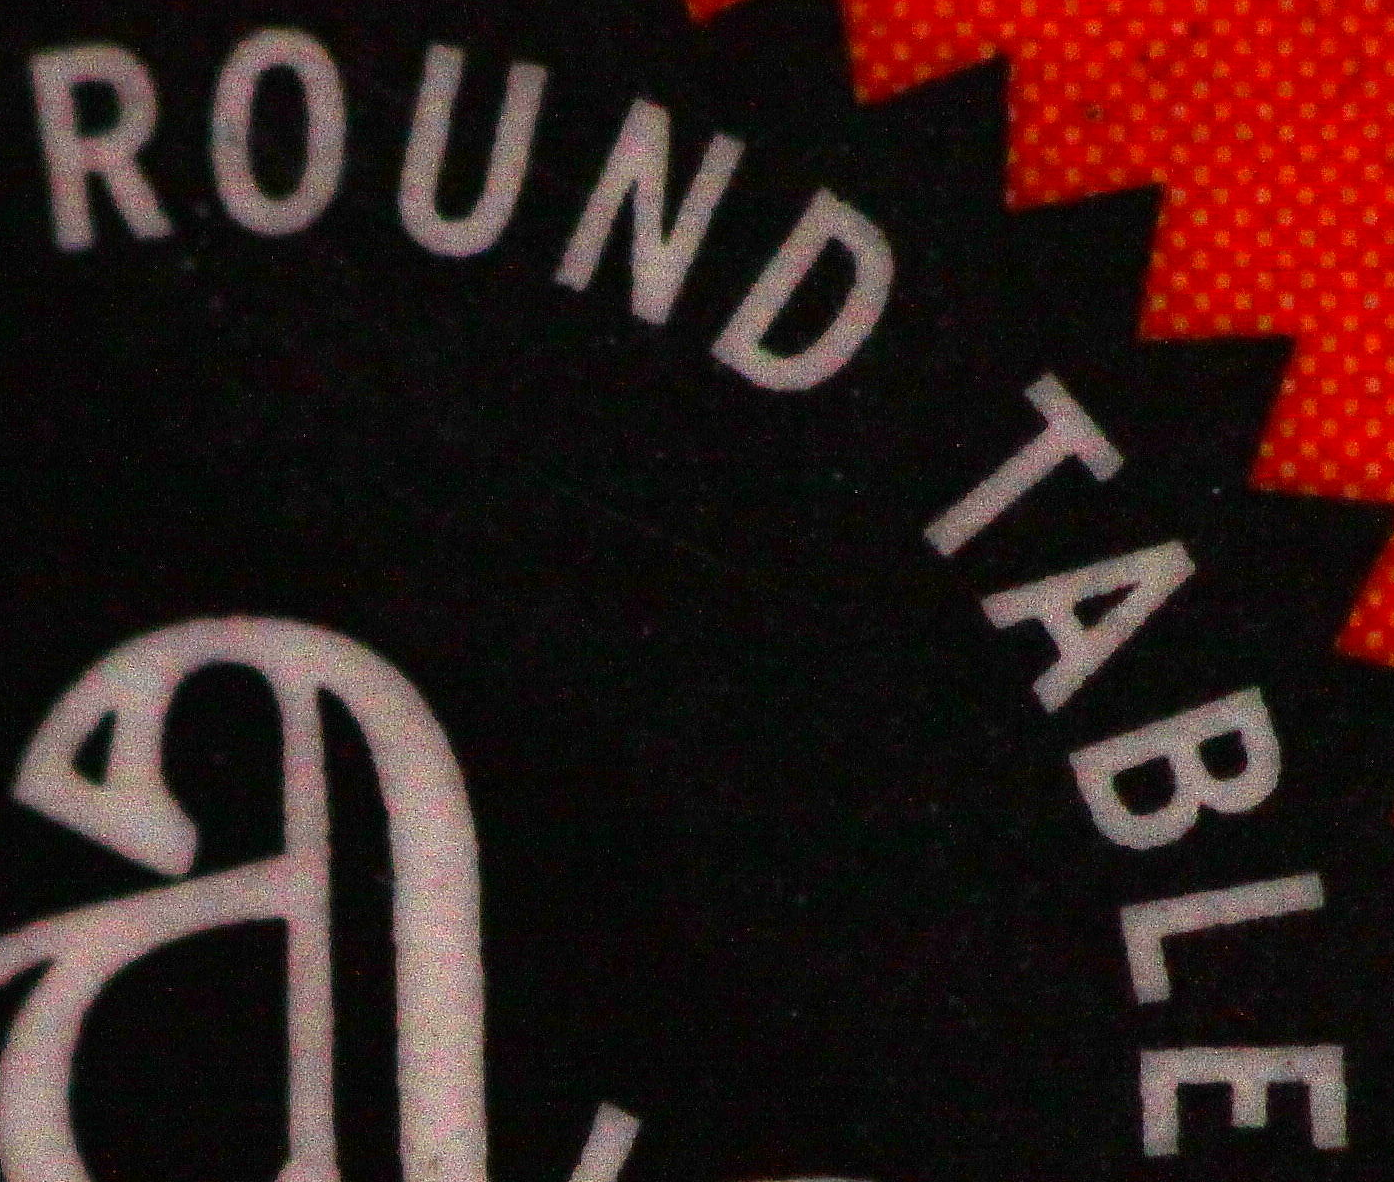
ROUND TABLE